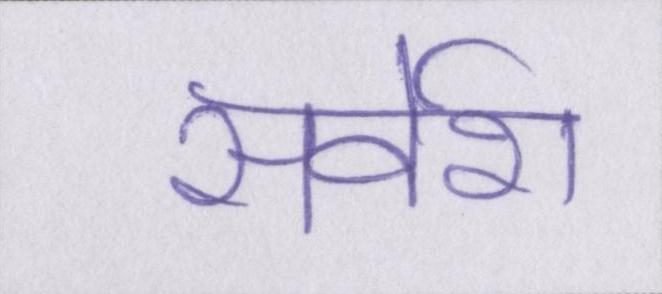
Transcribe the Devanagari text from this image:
सर्वेश